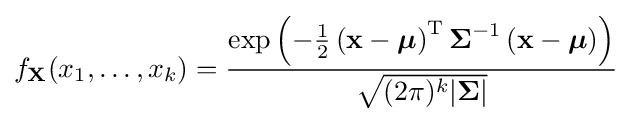
f_{\mathbf {X} }(x_{1},\ldots ,x_{k})={\frac {\exp \left(-{\frac {1}{2}}\left({\mathbf {x} }-{\boldsymbol {\mu }}\right)^{\mathrm {T} }{\boldsymbol {\Sigma }}^{-1}\left({\mathbf {x} }-{\boldsymbol {\mu }}\right)\right)}{\sqrt {(2\pi )^{k}|{\boldsymbol {\Sigma }}|}}}